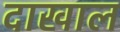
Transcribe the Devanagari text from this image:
दाखाल